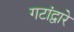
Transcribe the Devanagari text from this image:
गटांद्वारे